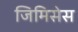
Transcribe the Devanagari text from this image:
जिमिसेस